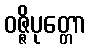
ဝဇ္ဇိပုတ္တော